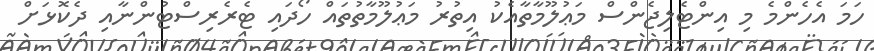
ހަމަ އެހެންމެ މި އިންޓެލިޖެންސް މަޢުލޫމާތާއެކު އިތުރު މަޢުލޫމާތުތައް ހޯދައި ޓެރެރިސްޓުންނާއި ދެކޮޅަށް